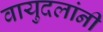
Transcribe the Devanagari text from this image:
वायुदलांनी